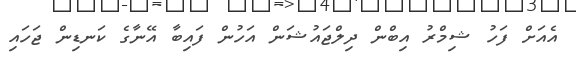
އެއަށް ފަހު ޝިމްރު އިބްން ދިލްޖައުޝަން އަހުން ފައިބާ އޭނާގެ ކަނޑިން ޖަހައި